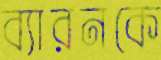
ব্যারনকে